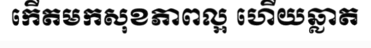
កើតមកសុខភាពល្អ ហើយឆ្លាត